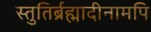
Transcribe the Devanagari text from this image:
स्तुतिर्ब्रह्मादीनामपि